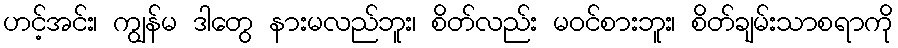
ဟင့်အင်း၊ ကျွန်မ ဒါတွေ နားမလည်ဘူး၊ စိတ်လည်း မဝင်စားဘူး၊ စိတ်ချမ်းသာစရာကို